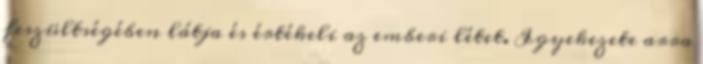
feszültségében látja és értékeli az emberi létet. Igyekezete arra